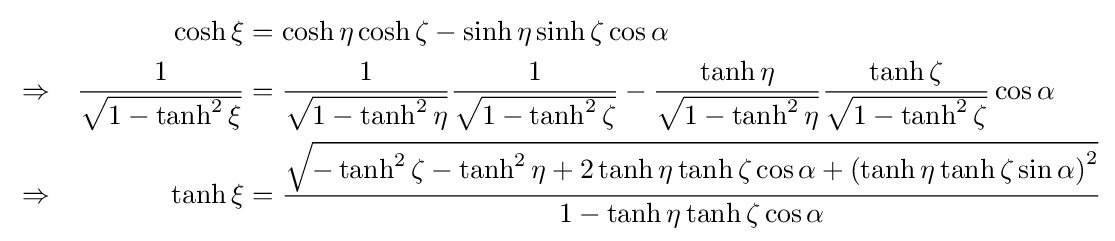
{\begin{aligned}&&\cosh \xi &=\cosh \eta \cosh \zeta -\sinh \eta \sinh \zeta \cos \alpha \\&\Rightarrow &{\frac {1}{\sqrt {1-\tanh ^{2}\xi }}}&={\frac {1}{\sqrt {1-\tanh ^{2}\eta }}}{\frac {1}{\sqrt {1-\tanh ^{2}\zeta }}}-{\frac {\tanh \eta }{\sqrt {1-\tanh ^{2}\eta }}}{\frac {\tanh \zeta }{\sqrt {1-\tanh ^{2}\zeta }}}\cos \alpha \\&\Rightarrow &\tanh \xi &={\frac {\sqrt {-\tanh ^{2}\zeta -\tanh ^{2}\eta +2\tanh \eta \tanh \zeta \cos \alpha +\left(\tanh \eta \tanh \zeta \sin \alpha \right)^{2}}}{1-\tanh \eta \tanh \zeta \cos \alpha }}\end{aligned}}